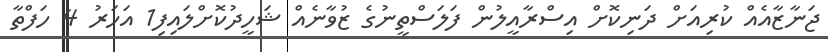
ޖަނާޒާއެއް ކުރިއަށް ދަނިކޮށް އިސްރާއީލުން ފަލަސްތީނުގެ ޒުވާނެއް ޝަހީދުކޮށްލައިފި1 އަހަރު 4 ހަފްތާ